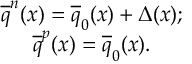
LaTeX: \begin{array} { c l c r } { { \overline { { { q } } } ^ { n } ( x ) = \overline { { { q } } } _ { 0 } ( x ) + \Delta ( x ) ; } } \\ { { \overline { { { q } } } ^ { p } ( x ) = \overline { { { q } } } _ { 0 } ( x ) . } } \end{array}